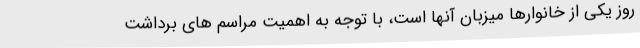
روز یکی از خانوارها میزبان آنها است، با توجه به اهمیت مراسم های برداشت